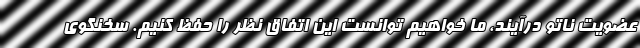
عضویت ناتو درآیند، ما خواهیم توانست این اتفاق نظر را حفظ کنیم. سخنگوی